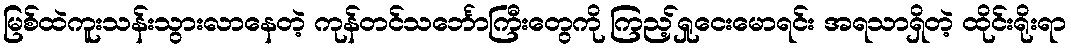
မြစ်ထဲကူးသန်းသွားလာနေတဲ့ ကုန်တင်သင်္ဘောကြီးတွေကို ကြည့်ရှုငေးမောရင်း အရသာရှိတဲ့ ထိုင်းရိုးရာ